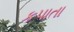
કપાતા